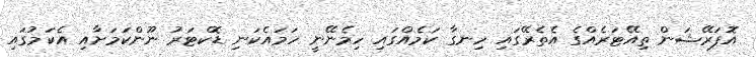
އޮޕަރޭޝަން ތިއޭޓަރެއްގެ އެތެރޭގައި ހިނގާ ކަމެއްގައި ހިމެނޭނީ ހަމައެކަނި ޑޮކްޓަރު ނޫންކަމަށާއި އެކަމުގައި